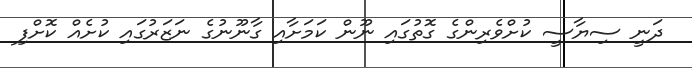
ދަނީ ސިޔާސީ ކުށްވެރިންގެ ގޮތުގައި ނޫން ކަމަށާއި ގާނޫނުގެ ނަޒަރުގައި ކުށެއް ކޮށްފި